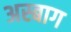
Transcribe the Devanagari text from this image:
अस्बाग